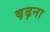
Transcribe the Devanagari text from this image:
ब़ढ़ना